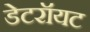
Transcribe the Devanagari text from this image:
डेटरॉयट